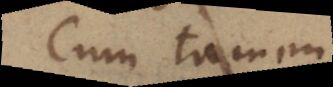
quod tamen